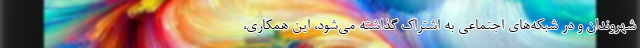
شهروندان و در شبکه‌های اجتماعی به اشتراک گذاشته می‌شود، این همکاری،